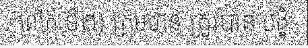
លើក ទី២) ក្រុមហ៊ុន ត្រូវបាន បង្ខំ